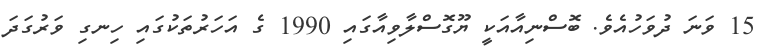
15 ވަނަ ދުވަހުއެވެ. ބޮސްނިއާއަކީ ޔޫގޮސްލާވިއާގައި 1990 ގެ އަހަރުތަކުގައި ހިނގި ވަރުގަދަ